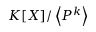
K [ X ] / \left\langle P ^ { k } \right\rangle